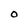
Character: O